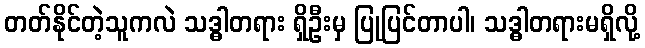
တတ်နိုင်တဲ့သူကလဲ သဒ္ဓါတရား ရှိဦးမှ ပြုပြင်တာပါ၊ သဒ္ဓါတရားမရှိလို့